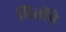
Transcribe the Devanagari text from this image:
मितींचे